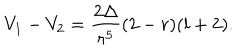
V _ { 1 } - V _ { 2 } = \frac { 2 \Delta } { r ^ { 5 } } ( 2 - r ) ( l + 2 ) .